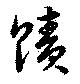
蹟